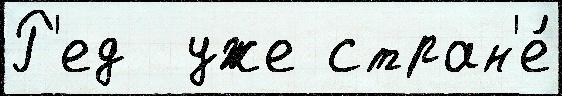
Р'ед  уже стран'е́